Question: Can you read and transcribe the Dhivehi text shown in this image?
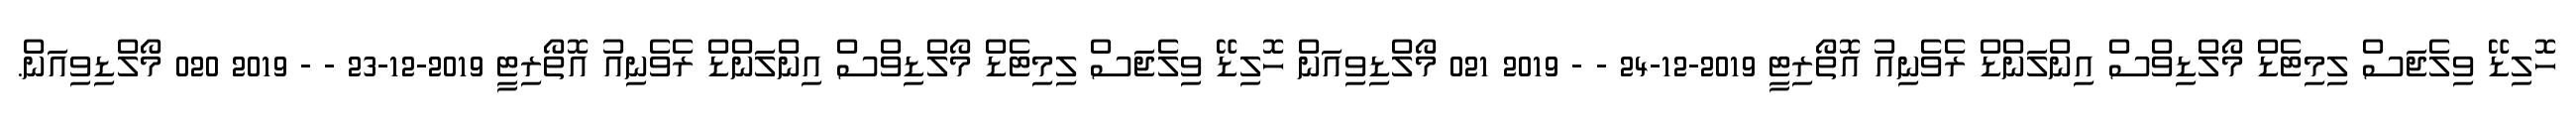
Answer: ހޮލިޑޭ ވިލެޖަސް ލިމިޓެޑް މޯލްޑިވްސް އިންލަންޑް ރެވެނިއު އޮތޯރިޓީ 2019-12-24 - - 2019 021 މޯލްޑިވިއަން ހޮލިޑޭ ވިލެޖަސް ލިމިޓެޑް މޯލްޑިވްސް އިންލަންޑް ރެވެނިއު އޮތޯރިޓީ 2019-12-23 - - 2019 020 މޯލްޑިވިއަން.